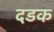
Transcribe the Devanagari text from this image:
दडक